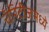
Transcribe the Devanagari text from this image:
चॅरिटीजमध्ये